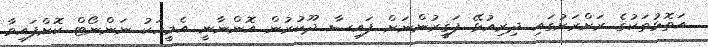
އަތޮޅުތަކުގެ ރަށްރަށުގައި ދިރިއުޅޭ ފަޤީރުންނަށް ފައިސާ ދޫކުރުން އޮންނާނީ އެމީހަކު ނަންނޯޓް ކޮށްފައިވާ